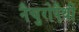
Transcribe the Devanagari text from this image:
नैचुरोपैथी